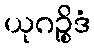
ယုဂဉ္စိဒံ